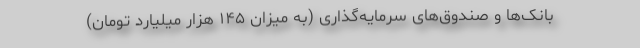
بانک‌ها و صندوق‌های سرمایه‌گذاری (به میزان ۱۴۵ هزار میلیارد تومان)